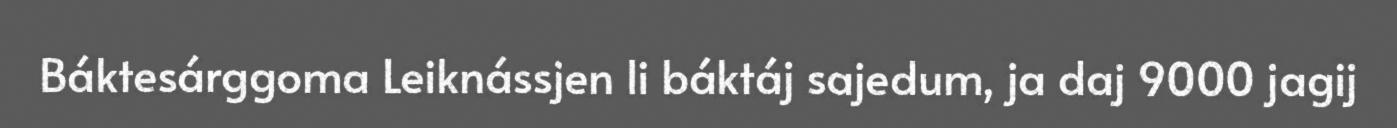
Báktesárggoma Leiknássjen li báktáj sajedum, ja daj 9000 jagij